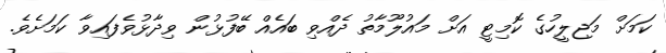
ކަމަށް މަޖިލީހުގެ ކޮމިޓީ އަށް މައުލޫމާތު ދެއްވި ބައެއް ބޭފުޅުން ވިދާޅުވެފައިވާ ކަމަށެވެ.